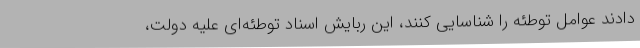
دادند عوامل توطئه را شناسایی کنند، این ربایش اسناد توطئه‌ای علیه دولت،